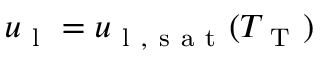
u _ { \mathrm { ~ l ~ } } = u _ { \mathrm { ~ l ~ , ~ s ~ a ~ t ~ } } ( T _ { \mathrm { ~ T ~ } } )